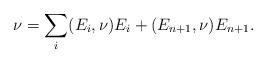
LaTeX: \begin{align*}\nu=\sum_{i}(E_{i},\nu)E_{i}+(E_{n+1},\nu)E_{n+1}.\end{align*}